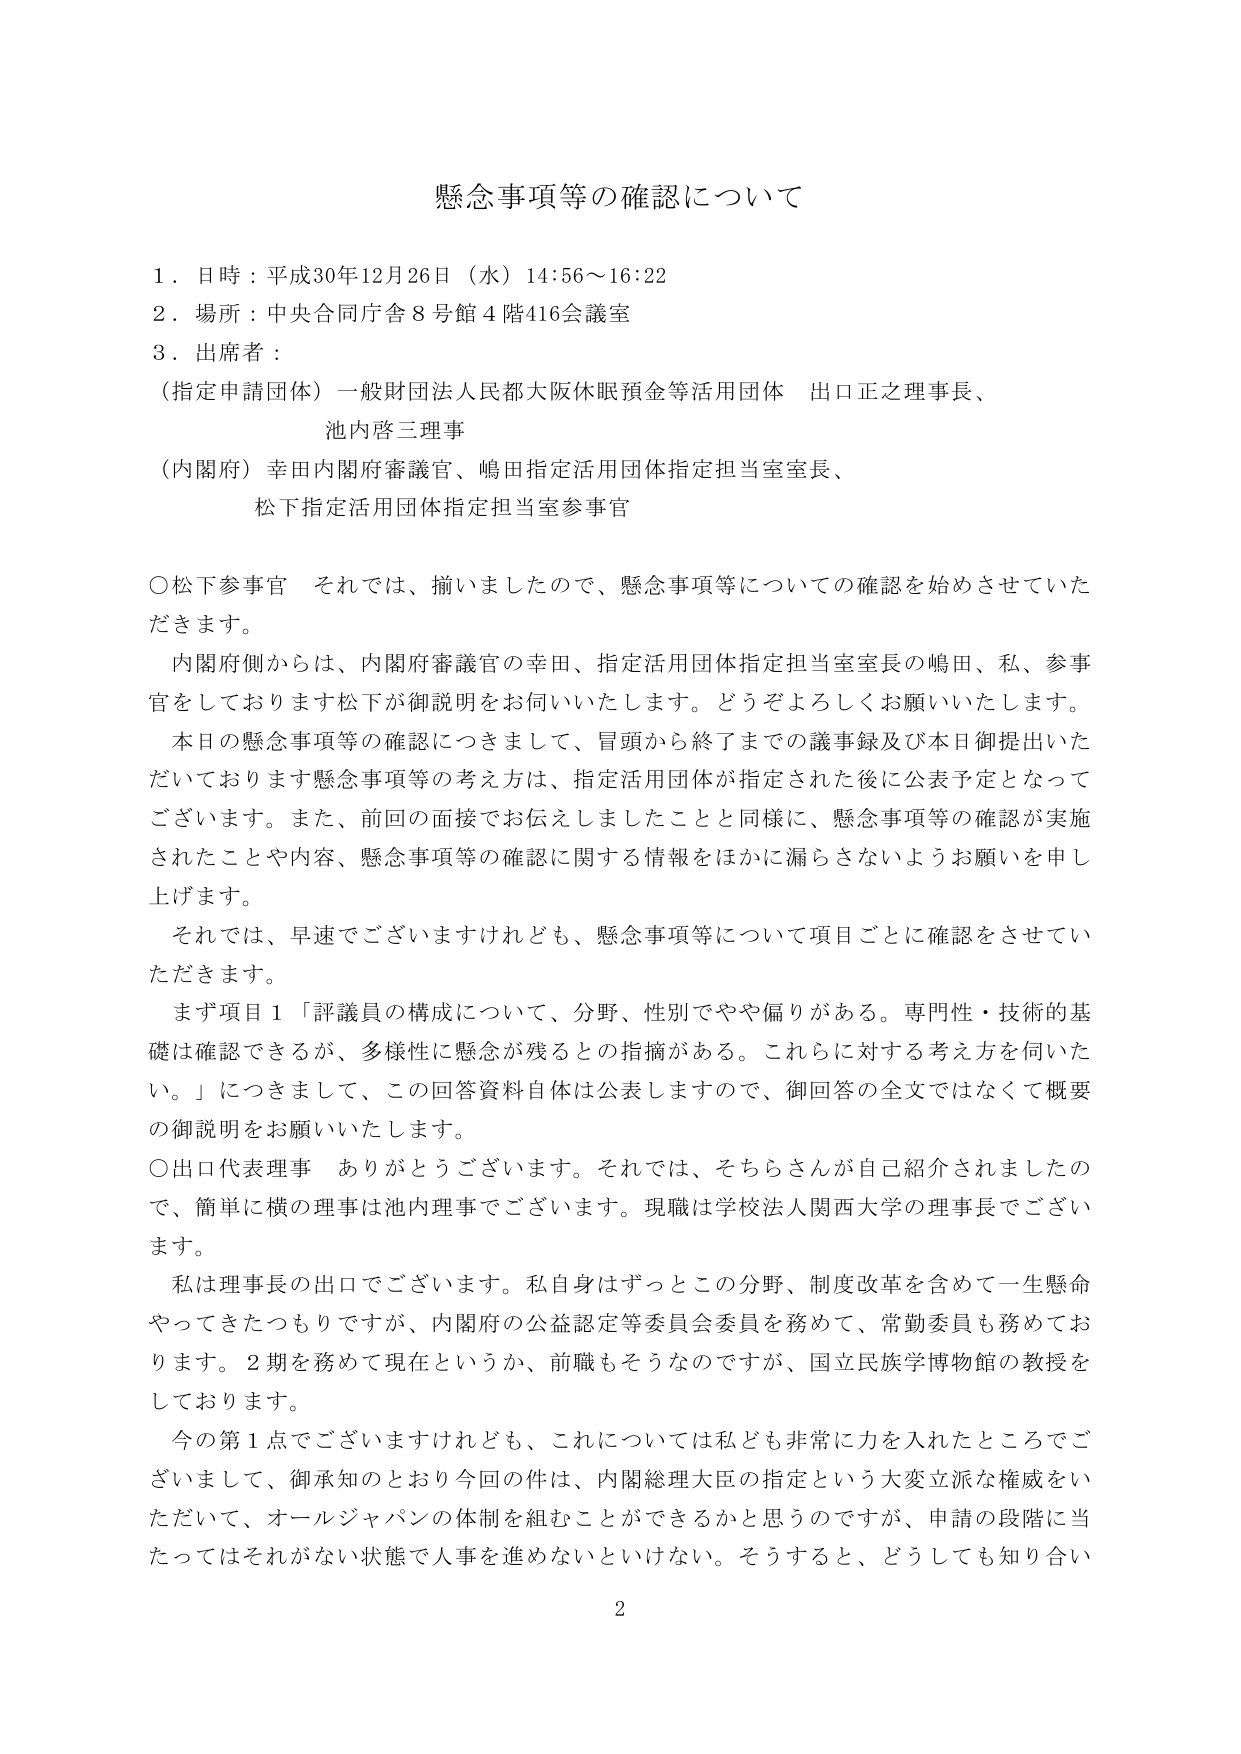
懸念事項等の確認について

１．日時：平成30年12月26日（水）14:56～16:22
２．場所：中央合同庁舎８号館４階416会議室
３．出席者：
　（指定申請団体）一般財団法人民都大阪休眠預金等活用団体　出口正之理事長、
　　　　　　　　池内啓三理事
　（内閣府）幸田内閣府審議官、嶋田指定活用団体指定担当室室長、
　　　　　　松下指定活用団体指定担当室参事官

○松下参事官　それでは、摘いましたので、懸念事項等についての確認を始めさせていただきます。
　内閣府側からは、内閣府審議官の幸田、指定活用団体指定担当室室長の嶋田、私、参事官をしております松下が御説明をお伺いいたします。どうぞよろしくお願いいたします。
　本日の懸念事項等の確認につきまして、冒頭から終了までの議事録及び本日御提出いただいております懸念事項等の考え方は、指定活用団体が指定された後に公表予定となってございます。また、前回の面接でお伝えしましたことと同様に、懸念事項等の確認が実施されたことや内容、懸念事項等の確認に関する情報をほかに漏らさないようお願いを申し上げます。
　それでは、早速でございますけれども、懸念事項等について項目ごとに確認をさせていただきます。
　まず項目１「評議員の構成について、分野、性別でやや偏りがある。専門性・技術的基礎は確認できるが、多様性に懸念が残るとの指摘がある。これらに対する考え方を伺いたい。」につきまして、この回答資料自体は公表しますので、御回答の全文ではなくて概要の御説明をお願いいたします。

○出口代表理事　ありがとうございます。それでは、そちらさんが自己紹介されましたので、簡単に横の理事は池内理事でございます。現職は学校法人関西大学の理事長でございます。
　私は理事長の出口でございます。私自身はずっとこの分野、制度改革を含めて一生懸命やってきたつもりですが、内閣府の公益認定等委員会委員を務めて、常勤委員も務めております。２期を務めて現在というか、前職もそうなのですが、国立民族学博物館の教授をしております。
　今の第１点でございますけれども、これについては私ども非常に力を入れたところでございまして、御承知のとおり今回の件は、内閣総理大臣の指定という大変立派な権威をいただいて、オールジャパンの体制を組むことができるかと思うのですが、申請の段階に当たってはそれがない状態で人事を進めないといけない。そうすると、どうしても知り合い

2